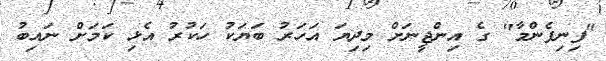
"ފިނިފެންމާ" ގެ އިންޖީނަށް މިދިޔަ އަހަރު ބަޔަކު ހަކުރު އެޅި ކަމަށް ނައިބު